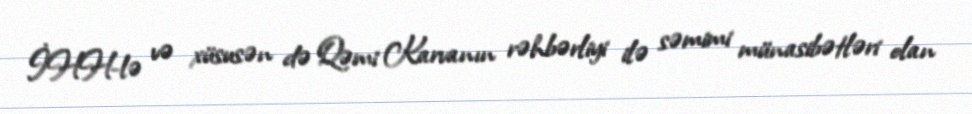
İHH-lə və xüsusən də Qəmi Karvanın rəhbərliyi ilə səmimi münasibətləri olan